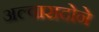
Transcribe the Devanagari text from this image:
अल्वारादोने